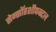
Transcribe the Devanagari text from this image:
सेन्सॉरशीपबद्दल